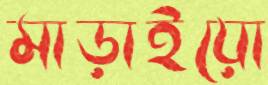
মাড়াইয়ো